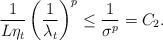
LaTeX: \begin{align*}\frac{1}{L\eta_{t}}\left(\frac{1}{\lambda_{t}}\right)^{p} & \le\frac{1}{\sigma^{p}}=C_{2}.\end{align*}